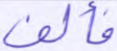
فألف